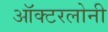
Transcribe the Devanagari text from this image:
ऑक्टरलोनी